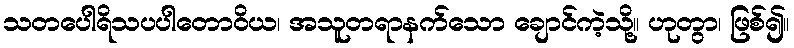
သတပေါရိသပပါတောဝိယ၊ အသူတရာနက်သော ချောင်ကဲ့သို့။ ဟုတွာ၊ ဖြစ်၍။